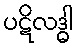
ပဋိလဒ္ဓါ